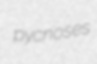
pycnoses